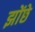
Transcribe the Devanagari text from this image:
झोंछे